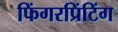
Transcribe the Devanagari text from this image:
फिंगरप्रिंटिंग